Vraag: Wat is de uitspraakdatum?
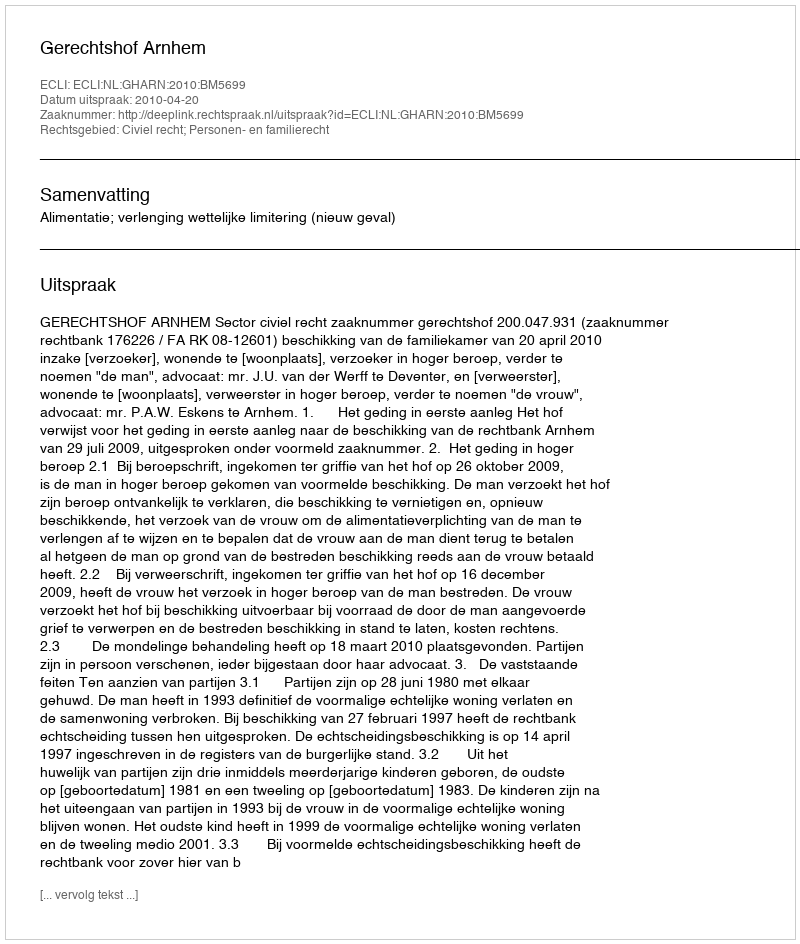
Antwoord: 2010-04-20